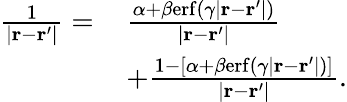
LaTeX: \begin{array}{rl}{\frac{1}{|\mathbf{r}-\mathbf{r}^{\prime}|}=\, }&{\frac{\alpha+\beta\mathrm{erf}(\gamma|\mathbf{r}-\mathbf{r}^{\prime}|)}{|\mathbf{r}-\mathbf{r}^{\prime}|}}\\ &{+\frac{1-[\alpha+\beta\mathrm{erf}(\gamma|\mathbf{r}-\mathbf{r}^{\prime}|)]}{|\mathbf{r}-\mathbf{r}^{\prime}|}.}\end{array}